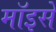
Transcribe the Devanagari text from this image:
मॉइसे